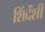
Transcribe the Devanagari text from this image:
शिंदेंशी